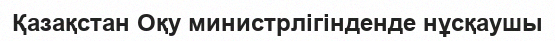
Қазақстан Оқу министрлігінденде нұсқаушы